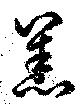
恙